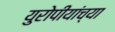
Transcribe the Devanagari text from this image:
युरोपीयांच्या